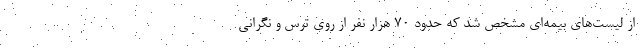
از لیست‌های بیمه‌ای مشخص شد که حدود ۷۰ هزار نفر از روی ترس و نگرانی